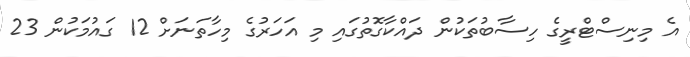
އެ މިނިސްޓްރީގެ ހިސާބުތަކުން ދައްކާގޮތުގައި މި އަހަރުގެ މިހާތަނަށް 12 ގައުމަކުން 23